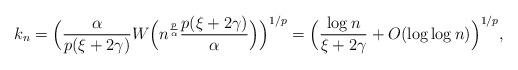
LaTeX: \begin{align*} k_n = \Bigl(\frac{\alpha}{p(\xi+2\gamma)} W\Bigl(n^{\frac{p}{\alpha}}\frac{p(\xi+2\gamma)}{\alpha}\Bigr)\Bigr)^{1/p} = \Bigl(\frac{\log n}{\xi+2\gamma} + O(\log\log n)\Bigr)^{1/p},\end{align*}